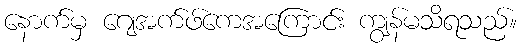
နောက်မှ ဂျေအက်ဖ်ကေအကြောင်း ကျွန်မသိရသည်။